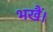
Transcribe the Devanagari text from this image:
भखैं।